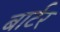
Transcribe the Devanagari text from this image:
बार्टर